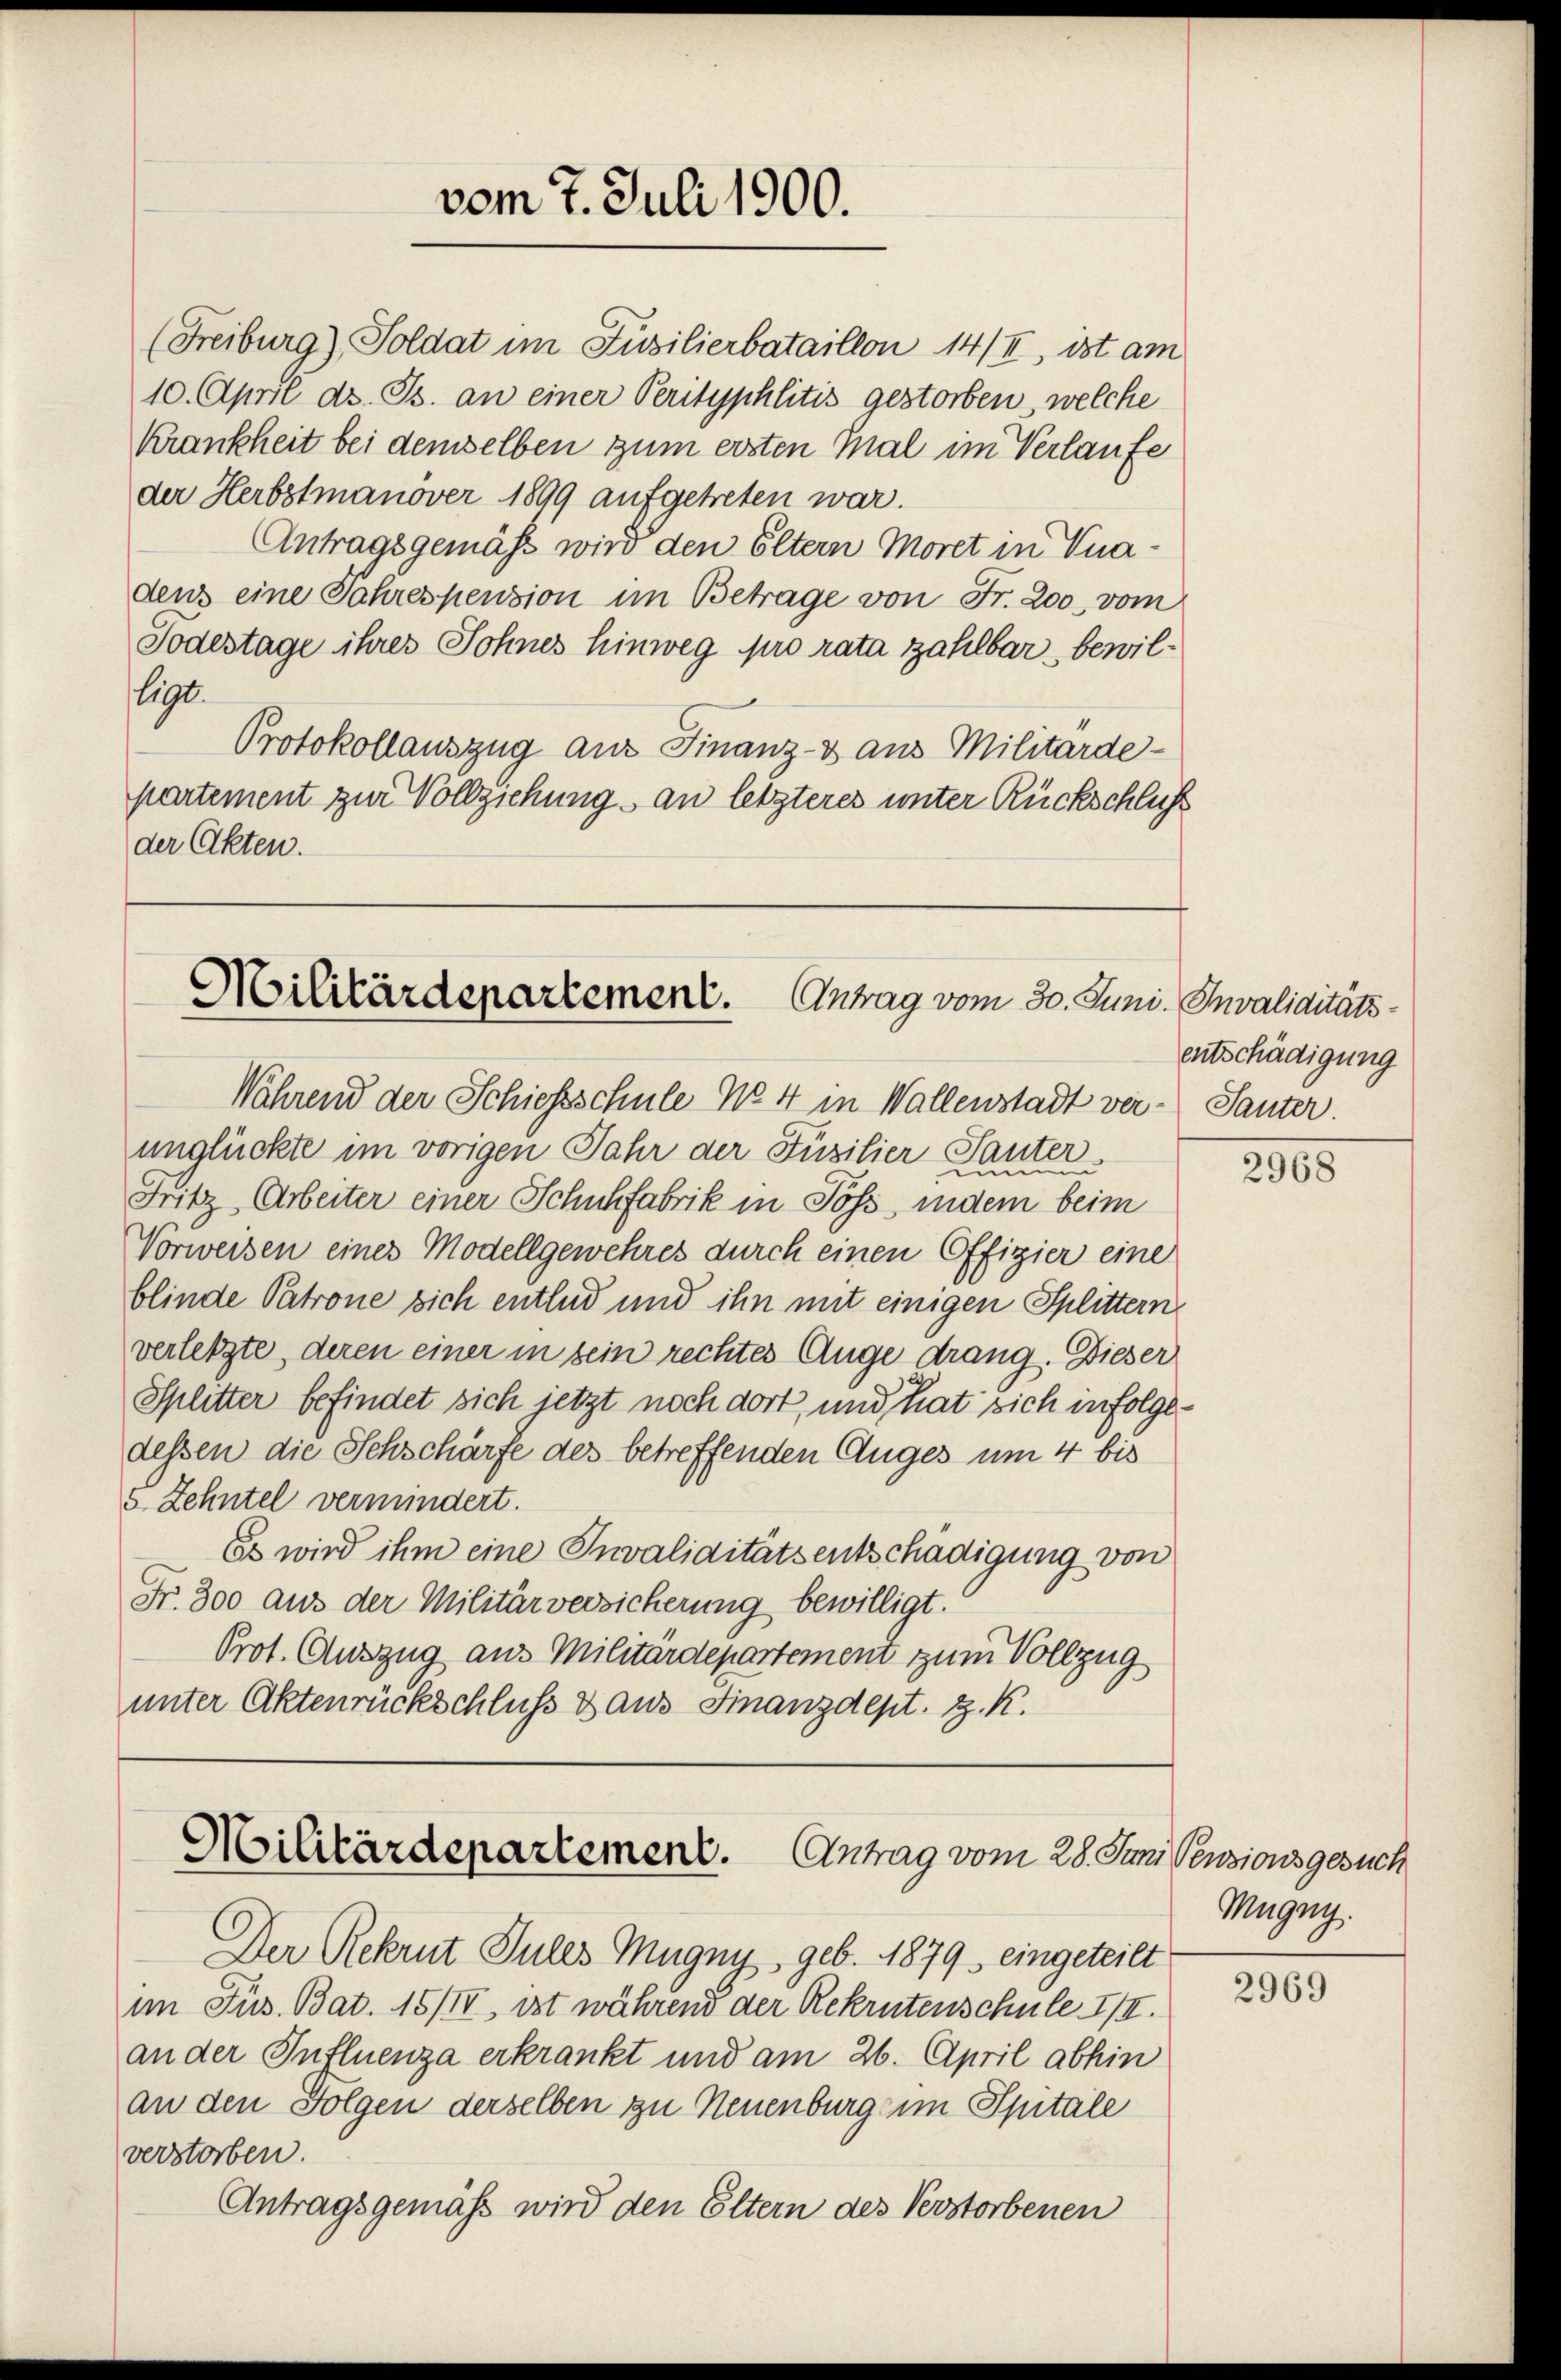
vom 7. Juli 1900.

(Freiburg), Soldat im Füsilierbataillon 14/II, ist am
10. April ds. Js. an einer Perityphlitis gestorben welche
Krankheit bei demselben zum ersten Mal im Verlaufe
der Herbstmanöver 1899 aufgetreten war.
Antragsgemäss wird den Eltern Moret in Knadens eine Jahrespension im Betrage von Fr. 200, vom
Todestage ihres Sohnes hinweg pro rata zahlbar bewillegt.
Protokollauszug aus Finanz-3 aus Militärdepartement zur Vollziehung an letzteres unter Rückschluß
der Akten.

Militärdepartement. Antrag vom 30. Juni. Invaliditäts¬
Während der Schiessschule No 4 in Wallenstadt ver-

unglückte im vorigen Jahr der Füsilier-Pauter
Fritz, Arbeiter einer Schuhfabrik in Poss, indem beim
Vorweisen eines Modellgewehres durch einen Offizier eine
blinde Patrone sich entlud und ihn mit einigen Splittern
verletzte, deren einer in sein rechtes Auge drang. Dieser
Splitter befindet sich jetzt noch dort, und hat sich infolge-
dessen die Schschärfe des betreffenden Auges um 4 bis
s Zehntel vermindert.
Es wird ihm eine Invaliditätsentschädigung von
Fr. 300 aus der Militärversicherung bewilligt.
Prot. Auszug aus Militärdepartement zum Vollzug
unter Aktenrückschluß & aus Finanzdept. z. K.

Militärdepartement. Antrag vom 28. Juni Pensionsgesuch

Der Rekrut Jules Mugny, geb. 1879 eingeteilt
im Jus. Bat. 15/II, ist während der Rekrutenschule III.
an der Influenza erkrankt und am 26. April abhin
an den Folgen derselben zu Neuenburg im Spitale
verstorben.
Antragsgemäß wird den Eltern des Verstorbenen

entschädigung
Tauter.

2968

Mugny.

2969